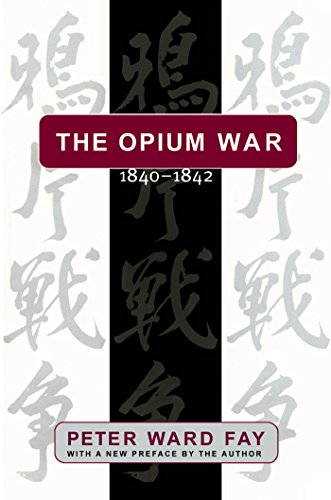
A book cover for Opium War, 1840-1842: Barbarians in the Celestial Empire in the Early Part of the Nineteenth Century and the War by Which They Forced Her Gates; Peter Ward Fay; History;